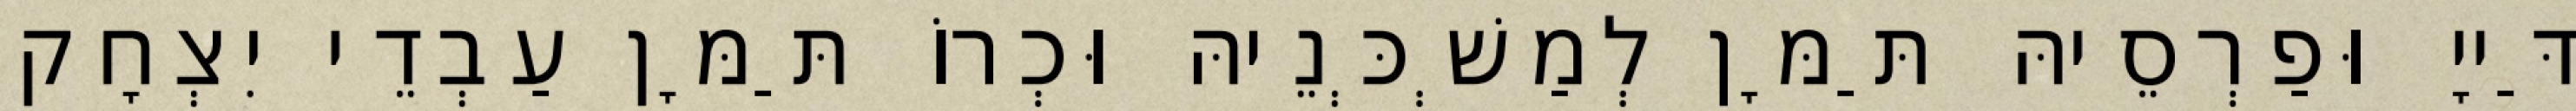
דַּייָ וּפַרְסֵיהּ תַּמָּן לְמַשְׁכְּנֵיהּ וּכְרוֹ תַּמָּן עַבְדֵי יִצְחָק